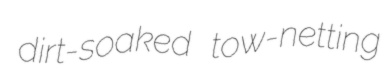
dirt-soaked tow-netting